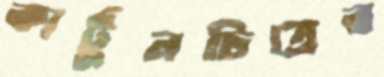
কার্টুনচিত্রের